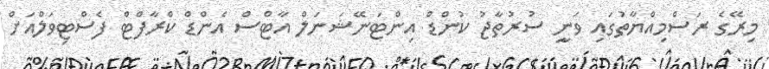
މިރޭގެ ރަސްމިއްޔާތުގައި ވަނީ ސުރުތާޖު ކުންޑް އިންޓަނޭޝަނަލް އާޓްސް އެންޑް ކްރާފްޓް ފެސްޓިވަލްއަށް